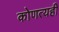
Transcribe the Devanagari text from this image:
कोणत्यही